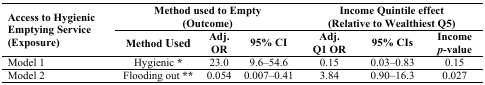
<table><thead><tr><td rowspan="2"><b>Access to Hygienic Emptying Service (Exposure)</b></td><td colspan="3"><b>Method used to Empty (Outcome)</b></td><td colspan="3"><b>Income Quintile effect (Relative to Wealthiest Q5)</b></td></tr><tr><td><b>Method Used</b></td><td><b>Adj. OR</b></td><td><b>95% CI</b></td><td><b>Adj. Q1 OR</b></td><td><b>95% CIs</b></td><td><b>Income <i>p</i>-value</b></td></tr></thead><tbody><tr><td>Model 1 </td><td>Hygienic <b>*</b></td><td>23.0</td><td>9.6–54.6</td><td>0.15</td><td>0.03–0.83</td><td>0.15</td></tr><tr><td>Model 2 </td><td>Flooding out <b>**</b></td><td>0.054</td><td>0.007–0.41</td><td>3.84</td><td>0.90–16.3</td><td>0.027</td></tr></tbody></table>